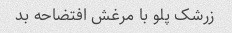
زرشک پلو با مرغش افتضاحه بد